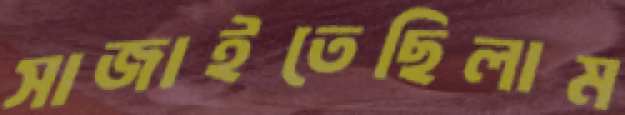
সাজাইতেছিলাম